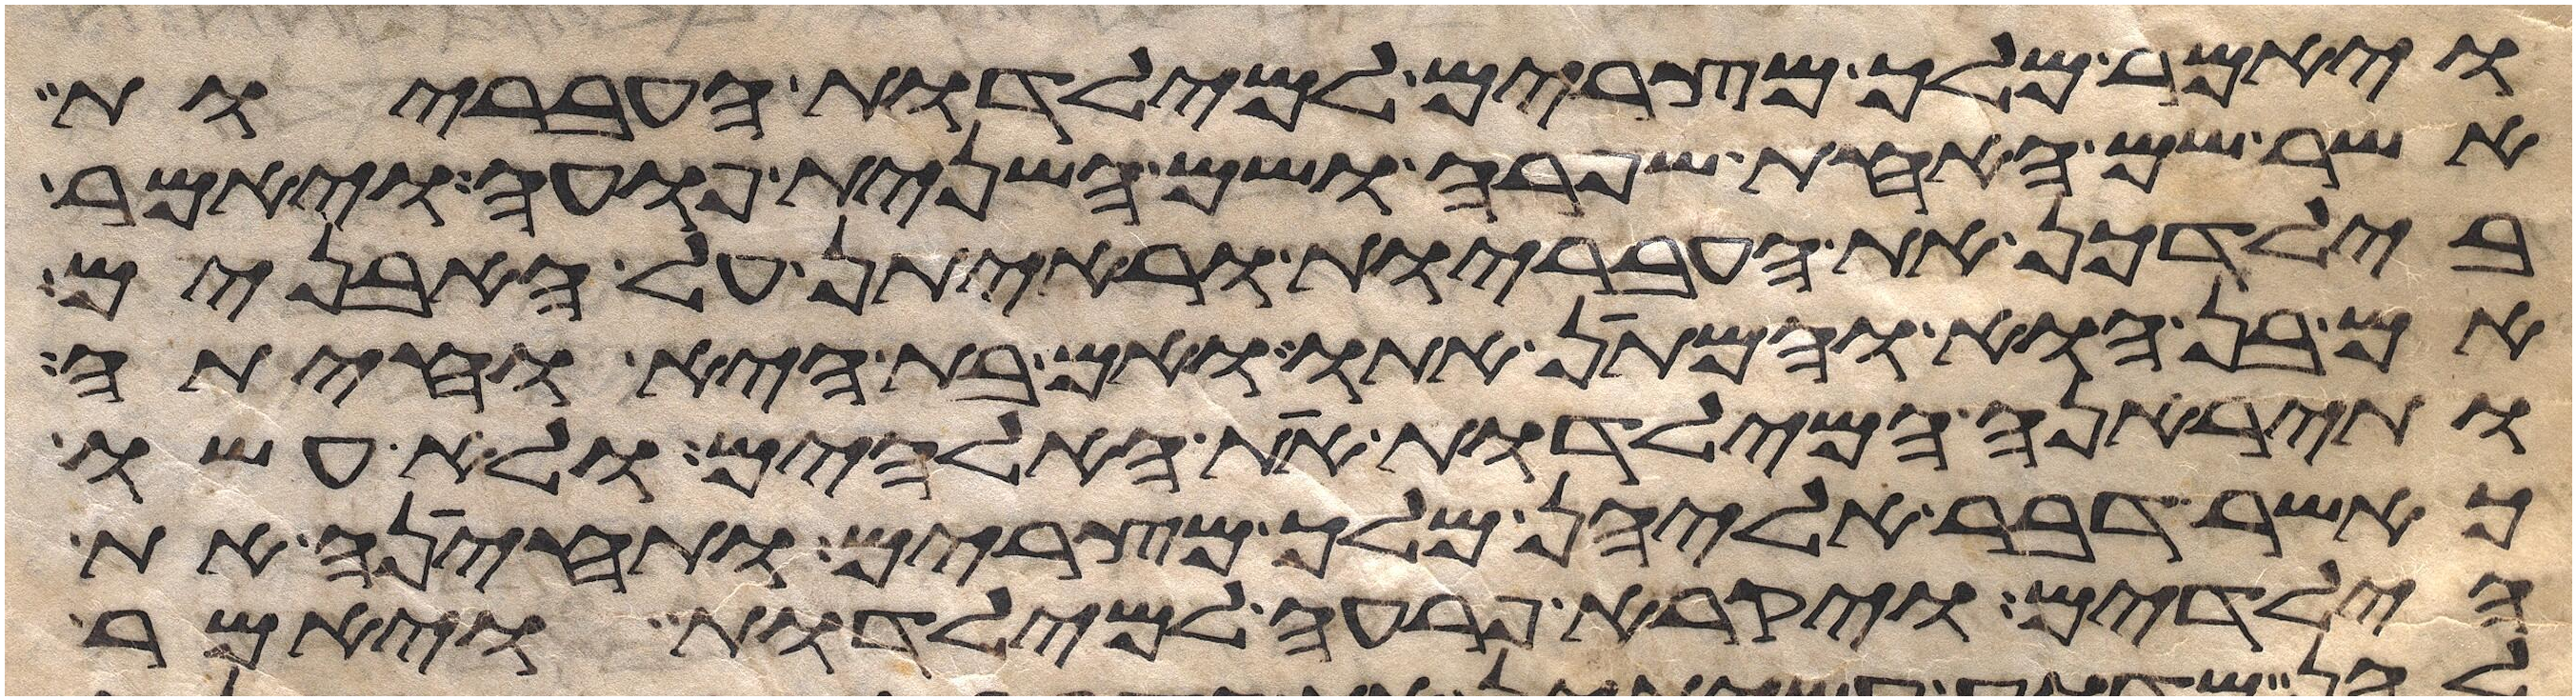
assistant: ויאמר מלך מצרים למילדות העבריות
אשר שם האחת שפרה ושם השנית פועה ויאמר
בילדכן את העבריות וראיתן על האבנים
אם בן הוא והמתן אתו ואם בת היא וחיתה
ותיראנה המילדות את האלהים ולא עשו
כאשר דבר אליהן מלך מצרים ותחינה את
הילדים ויקרא פרעה למילדות ויאמר